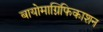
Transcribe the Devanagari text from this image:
बायोमाग्निफिकाशन